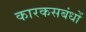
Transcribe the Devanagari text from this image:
कारकसबंधों